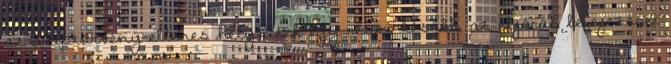
az alaptörvény-ellenes helyzetek egy része később, az eljárás befejezését